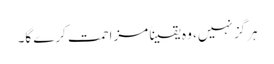
ہرگز نہیں، وہ یقیناً مزاحمت کرے گا۔